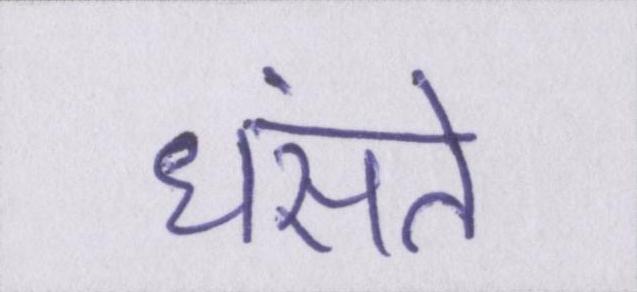
धंसते